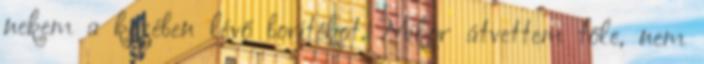
nekem a kezében lévő borítékot. Mikor átvettem tőle, nem